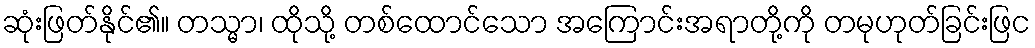
ဆုံးဖြတ်နိုင်၏။ တသ္မာ၊ ထိုသို့ တစ်ထောင်သော အကြောင်းအရာတို့ကို တမုဟုတ်ခြင်းဖြင